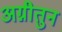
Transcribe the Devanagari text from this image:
अग्नीतुन